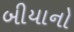
બીયાનો